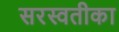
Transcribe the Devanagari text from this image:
सरस्वतीका